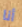
أنا